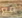
مع